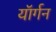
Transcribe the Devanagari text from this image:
यॉर्गन